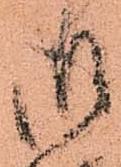
御